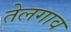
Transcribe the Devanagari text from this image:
तेलगाव